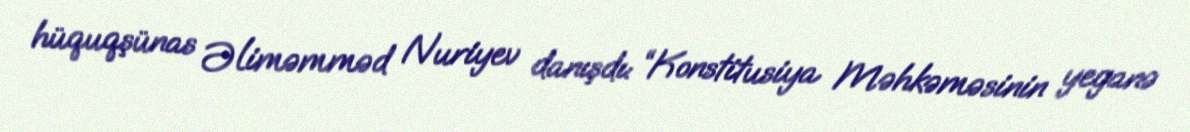
hüquqşünas Əliməmməd Nuriyev danışdı: “Konstitusiya Məhkəməsinin yeganə